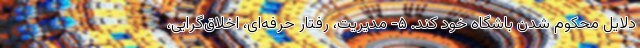
دلایل محکوم شدن باشگاه خود کند. ۵- مدیریت، رفتار حرفه‌ای، اخلاق‌گرایی،